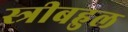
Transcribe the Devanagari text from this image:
स्त्रीबहुल